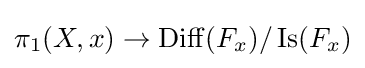
\pi _{1}(X,x)\to \operatorname {Diff} (F_{x})/\operatorname {Is} (F_{x})